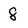
Character: 8